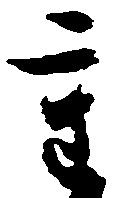
重